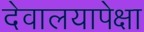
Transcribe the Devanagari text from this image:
देवालयापेक्षा